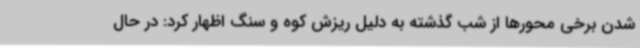
شدن برخی محورها از شب گذشته به دلیل ریزش کوه و سنگ اظهار کرد: در حال